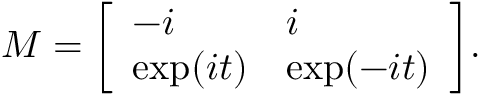
M = { \left[ \begin{array} { l l } { - i } & { i } \\ { \exp ( i t ) } & { \exp ( - i t ) } \end{array} \right] } .